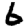
Digit: 6